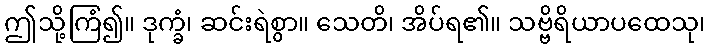
ဤသို့ကြံ၍။ ဒုက္ခံ၊ ဆင်းရဲစွာ။ သေတိ၊ အိပ်ရ၏။ သဗ္ဗိရိယာပထေသု၊